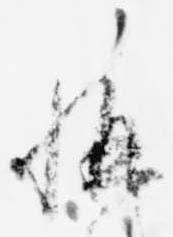
称